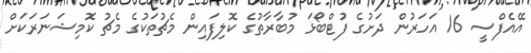
އޭއެފްސީ 16 އަހަރުން ދަށުގެ ފުޓްބޯޅަ މުބާރާތުގެ ކޮލިފައިން މެޗުތަކުގެ މެޗު ކޮމިޝަނަރަކަށް